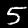
Label: 5